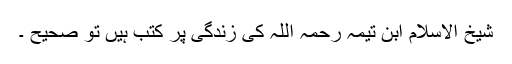
شیخ الاسلام ابن تیمہ رحمہ اللہ کی زندگی پر کتب ہیں تو صحیح ۔